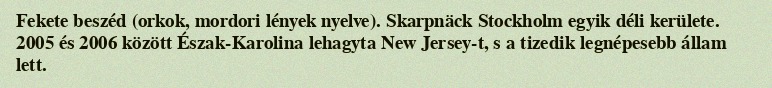
Fekete beszéd (orkok, mordori lények nyelve). Skarpnäck Stockholm egyik déli kerülete. 2005 és 2006 között Észak-Karolina lehagyta New Jersey-t, s a tizedik legnépesebb állam lett.